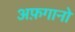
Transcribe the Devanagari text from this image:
अफ़गानो